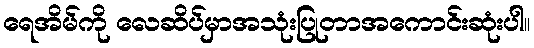
ရေအိမ်ကို လေဆိပ်မှာအသုံးပြုတာအကောင်းဆုံးပါ။